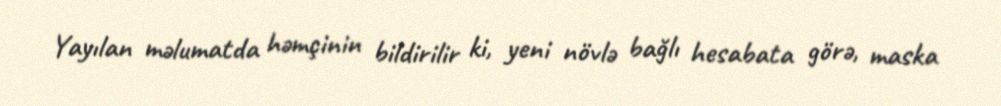
Yayılan məlumatda həmçinin bildirilir ki, yeni növlə bağlı hesabata görə, maska